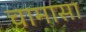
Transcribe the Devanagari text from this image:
चामासा